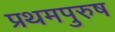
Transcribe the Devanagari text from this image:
प्रथमपुरुष